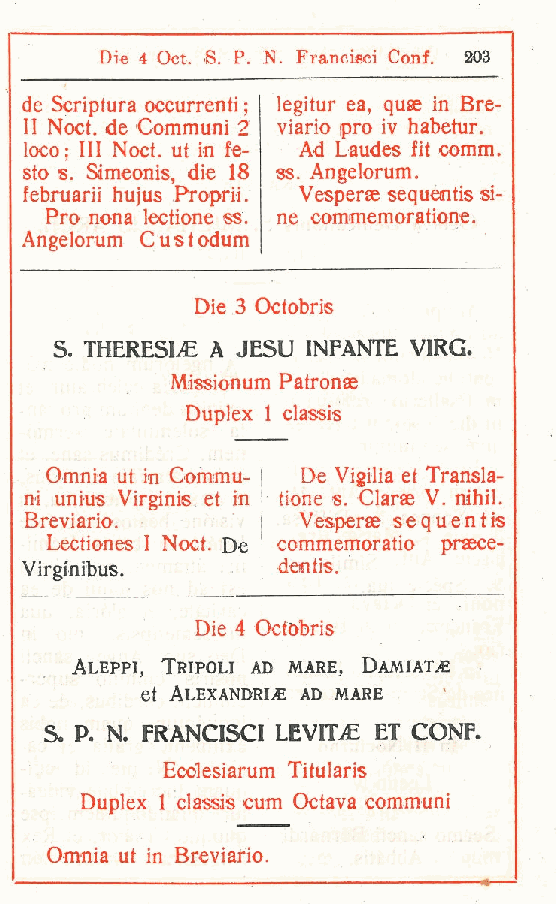
Die 4 Oct. S. P. N. Francieci Coni. 203
 de Scriptura occurrenti ; legitur ea, quae in Bre-
 II Noct. de Communi 2 viario prò iv habetur.
 loco ; III Noct. ut in fa- Ad Laudes fit comm.
 sto s. Simeonis die 18 ss. Angelorum.
 ,
 februarii hujus Proprii. Vesperse sequentis si-
 Pro nona lectione ss. ne commemoratione.
 Angelorum Custodum
 Die 3 Octobris
 S THERESIjE A JESU INFANTE VIRG.
 .
 Missionum Patronae
 Duplex 1 classis
 Omnia ut in Commu- De Vigilia et Transla-
 ni unius Virginis et in tione s. Clarse V. nihil.
 Breviario.        Vesperse sequentis
 Lectiones I Noct. De commemoratio praece-
 Virginibus.     I dentis.
 Die 4 Octobris
 Aleppi, Tripoli ad mare, DamiaTìE
 et Alexandria ad mare
 S P. N. FRANCISCI LEVILE ET CONF.
 .
 Ecclesiarum Titularis
 Duplex 1 classis cum Octava communi
 Omnia ut in Breviario.